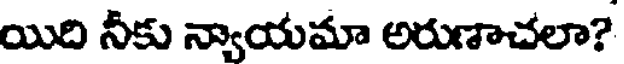
యిది నీకు న్యాయమా అరుణాచలా?